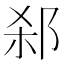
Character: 𬩻